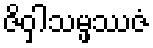
ဇိဝှါသမ္ဖဿဇံ